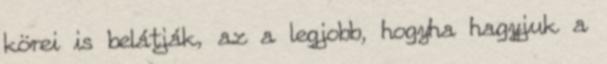
körei is belátják, az a legjobb, hogyha hagyjuk a